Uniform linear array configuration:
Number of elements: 48
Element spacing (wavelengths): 0.75
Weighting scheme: uniform
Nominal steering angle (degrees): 30
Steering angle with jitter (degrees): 31.727
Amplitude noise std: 0.05
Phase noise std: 0.05

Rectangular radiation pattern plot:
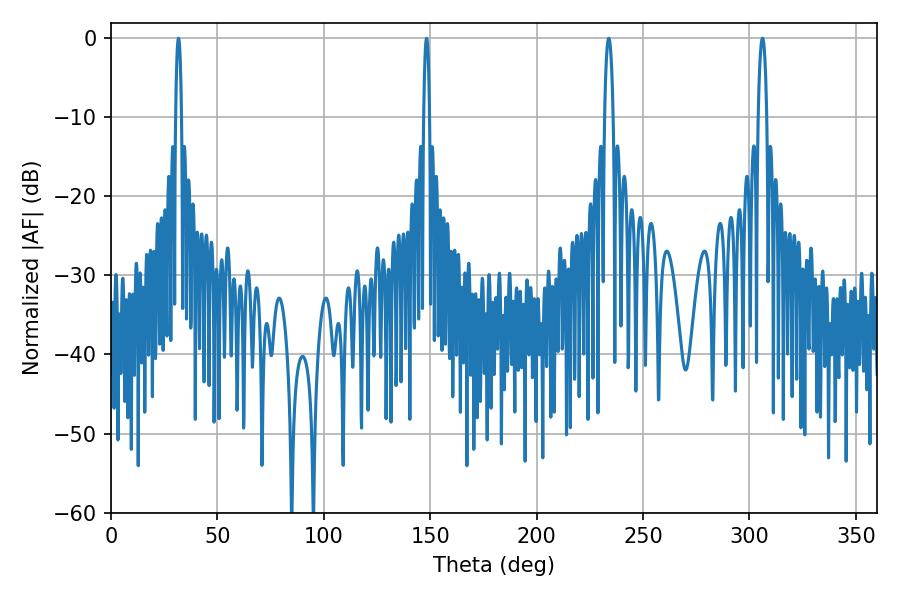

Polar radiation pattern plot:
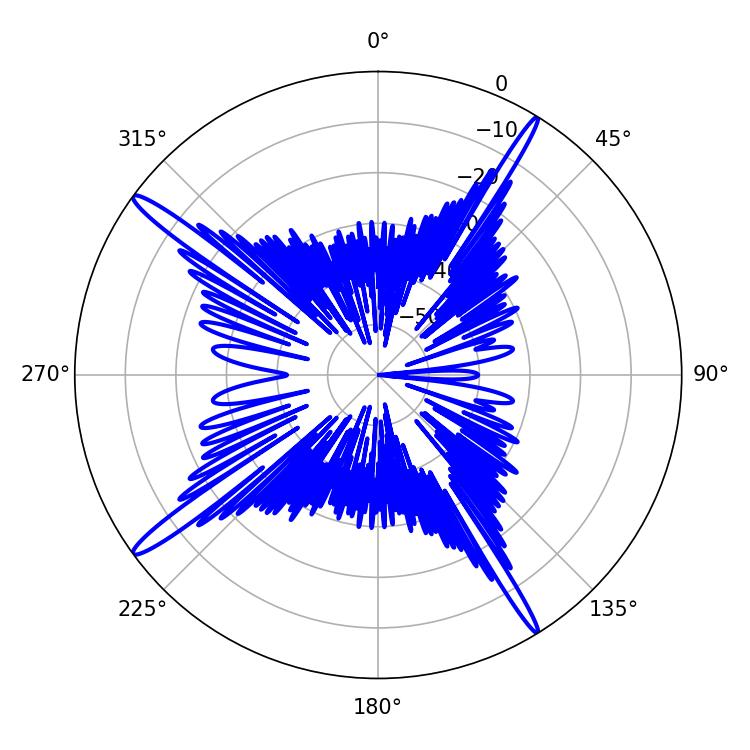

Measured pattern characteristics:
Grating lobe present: TRUE
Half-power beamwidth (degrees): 1.44
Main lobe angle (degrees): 31.68